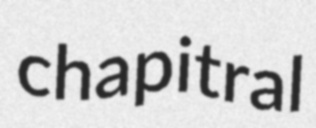
chapitral